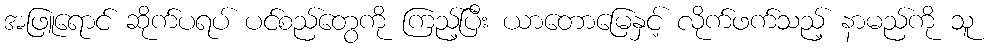
အဖြူရောင် ဆိုက်ပရပ် ပင်စည်တွေကို ကြည့်ပြီး ယာတောမြေနှင့် လိုက်ဖက်သည့် နာမည်ကို သူ